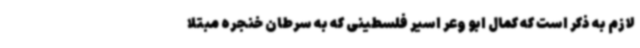
لازم به ذکر است که کمال ابو وعر اسیر فلسطینی که به سرطان خنجره مبتلا